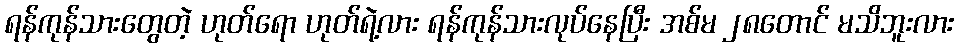
ရန်ကုန်သားတွေတဲ့ ဟုတ်ရော ဟုတ်ရဲ့လား ရန်ကုန်သားလုပ်နေပြီး အစ်မ ၂၈တောင် မသိဘူးလား